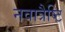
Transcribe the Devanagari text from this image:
नवात्रैष्टि